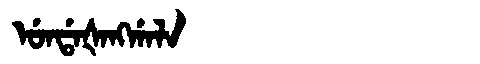
Manchu: ᡠᠨᡩᠠᡧᠠᠩᡤᠠᠯᠠ
Romanization: UNDAŠANGGALA